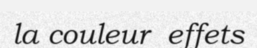
la couleur  effets